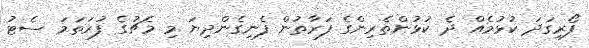
ފޯރިގަދަ ކުޅުމެއް ދެ ކުޅުންތެރިންގެ ފަރާތުން ފެނިގެންދިޔަ މި މެޗުގެ ފުރަތަމަ ސެޓު